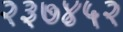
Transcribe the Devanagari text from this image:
२३७४५२